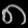
Digit: ၈